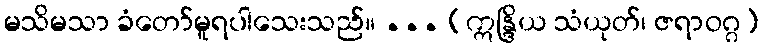
မသိမသာ ခံတော်မူရပါသေးသည်။ ... (ဣန္ဒြိယ သံယုတ်၊ ဇရာဝဂ္ဂ)